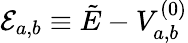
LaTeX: \mathcal{E}_{a,b}\equiv\tilde{E}-V_{a,b}^{(0)}